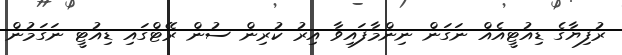
ރުފިޔާގެ ޑިއުޓީއެއް ނަގަން ނިންމާފައިވާ އިރު ކުރިން ސުން ރޭޓްގައި ޑިއުޓީ ނަގަމުން